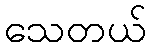
သေတယ်